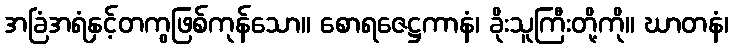
အခြံအရံနှင့်တကွဖြစ်ကုန်သော။ စောရဇေဋ္ဌကာနံ၊ ခိုးသူကြီးတို့ကို။ ဃာတနံ၊